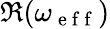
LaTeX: \Re(\omega_{\mathrm{~e~f~f~}})